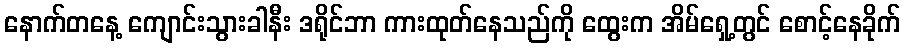
နောက်တနေ့ ကျောင်းသွားခါနီး ဒရိုင်ဘာ ကားထုတ်နေသည်ကို ထွေးက အိမ်ရှေ့တွင် စောင့်နေခိုက်